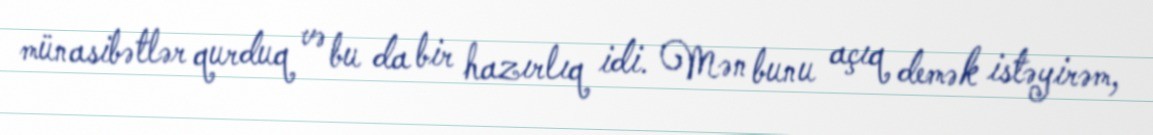
münasibətlər qurduq və bu da bir hazırlıq idi. Mən bunu açıq demək istəyirəm,